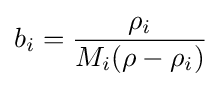
b_{i}={\frac {\rho _{i}}{M_{i}(\rho -\rho _{i})}}